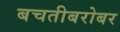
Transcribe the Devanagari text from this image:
बचतीबरोबर